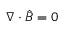
\boldsymbol \nabla \cdot \hat { \boldsymbol B } = 0